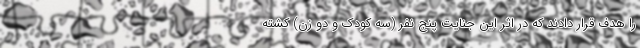
را هدف قرار دادند که در اثر این جنایت پنج نفر (سه کودک و دو زن) کشته